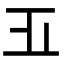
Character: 𣥄